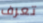
تعرف